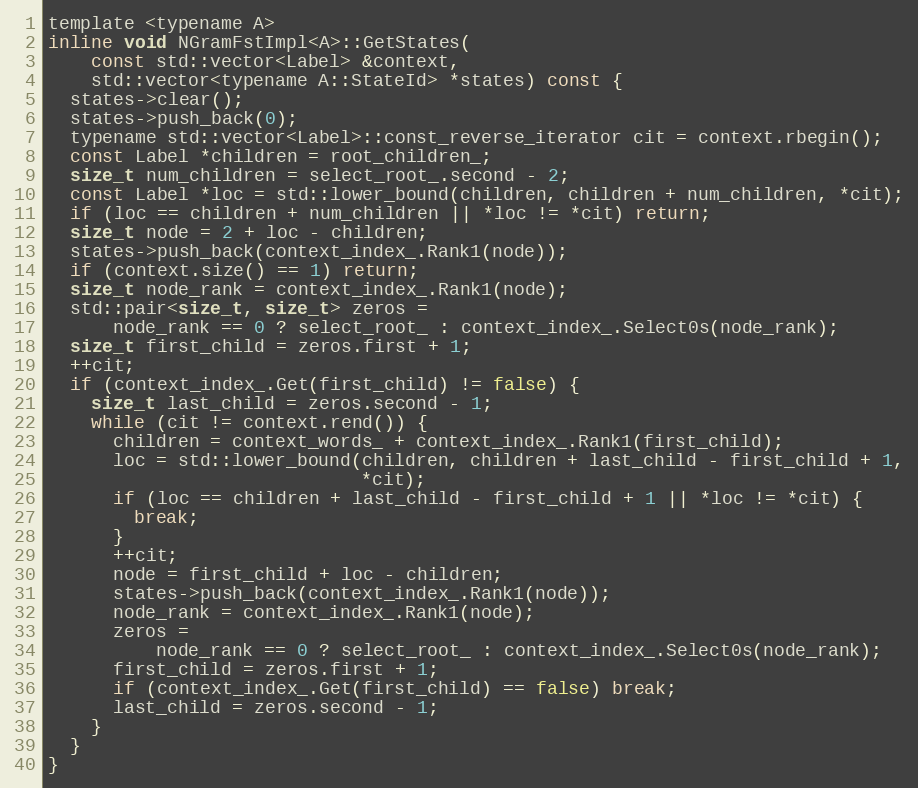
Language: C
template <typename A>
inline void NGramFstImpl<A>::GetStates(
    const std::vector<Label> &context,
    std::vector<typename A::StateId> *states) const {
  states->clear();
  states->push_back(0);
  typename std::vector<Label>::const_reverse_iterator cit = context.rbegin();
  const Label *children = root_children_;
  size_t num_children = select_root_.second - 2;
  const Label *loc = std::lower_bound(children, children + num_children, *cit);
  if (loc == children + num_children || *loc != *cit) return;
  size_t node = 2 + loc - children;
  states->push_back(context_index_.Rank1(node));
  if (context.size() == 1) return;
  size_t node_rank = context_index_.Rank1(node);
  std::pair<size_t, size_t> zeros =
      node_rank == 0 ? select_root_ : context_index_.Select0s(node_rank);
  size_t first_child = zeros.first + 1;
  ++cit;
  if (context_index_.Get(first_child) != false) {
    size_t last_child = zeros.second - 1;
    while (cit != context.rend()) {
      children = context_words_ + context_index_.Rank1(first_child);
      loc = std::lower_bound(children, children + last_child - first_child + 1,
                             *cit);
      if (loc == children + last_child - first_child + 1 || *loc != *cit) {
        break;
      }
      ++cit;
      node = first_child + loc - children;
      states->push_back(context_index_.Rank1(node));
      node_rank = context_index_.Rank1(node);
      zeros =
          node_rank == 0 ? select_root_ : context_index_.Select0s(node_rank);
      first_child = zeros.first + 1;
      if (context_index_.Get(first_child) == false) break;
      last_child = zeros.second - 1;
    }
  }
}